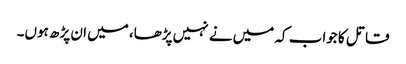
قاتل کا جواب کہ میں نے نہیں پڑھا، میں ان پڑھ ہوں۔